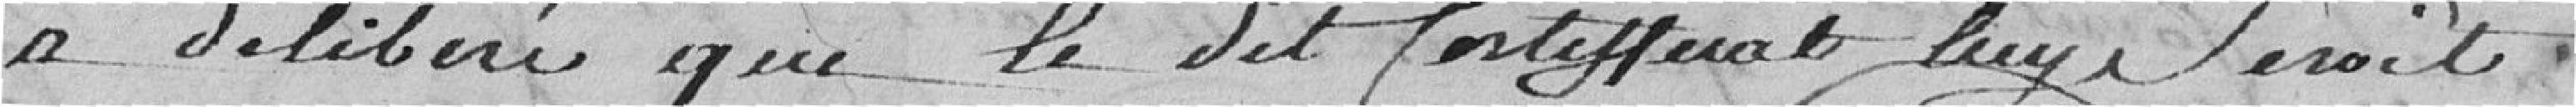
a délibéré que ledit certificat lui serait